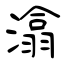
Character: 潝